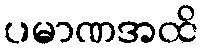
ပမာဏအထိ